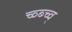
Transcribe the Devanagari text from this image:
च्व्ब्च्व्